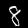
Label: 8